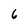
Character: 6